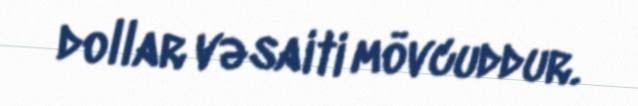
dollar vəsaiti mövcuddur.